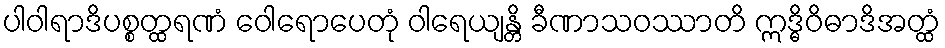
ပါဝါရာဒိပစ္စတ္ထရဏံ ဝေါရောပေတုံ ဝါရေယျန္တိ ခီဏာသဝဿာတိ ဣဒ္ဓိဝိဓာဒိအတ္ထံ